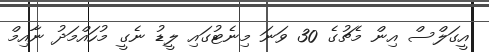
އީގަލްސް އިން މެޗުގެ 30 ވަނަ މިނެޓުގައި ލީޑު ނެގީ މުހައްމަދު ނާއިމް